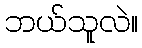
ဘယ်သူလဲ။